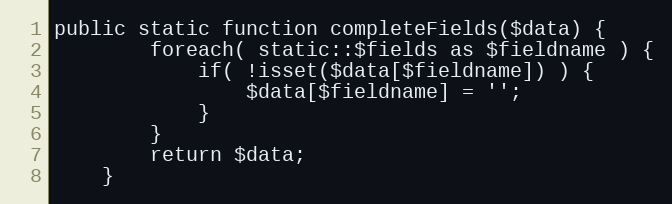
Language: PHP
public static function completeFields($data) {
		foreach( static::$fields as $fieldname ) {
			if( !isset($data[$fieldname]) ) {
				$data[$fieldname] = '';
			}
		}
		return $data;
	}